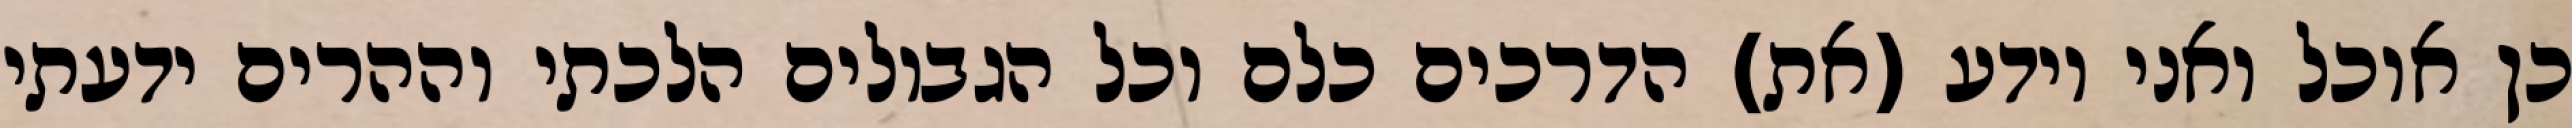
כן אוכל ואני יודע (את) הדרכים כלם וכל הגבולים הלכתי וההרים ידעתי